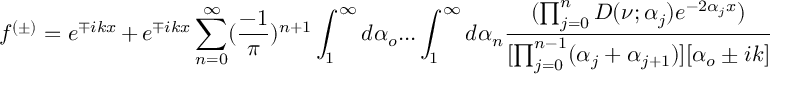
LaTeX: f ^ { ( \pm ) } = e ^ { \mp i k x } + e ^ { \mp i k x } \sum _ { n = 0 } ^ { \infty } ( \frac { - 1 } { \pi } ) ^ { n + 1 } \int _ { 1 } ^ { \infty } d \alpha _ { o } . . . \int _ { 1 } ^ { \infty } d \alpha _ { n } \frac { ( \prod _ { j = 0 } ^ { n } D ( \nu ; \alpha _ { j } ) e ^ { - 2 \alpha _ { j } x } ) } { [ \prod _ { j = 0 } ^ { n - 1 } ( \alpha _ { j } + \alpha _ { j + 1 } ) ] [ \alpha _ { o } \pm i k ] }